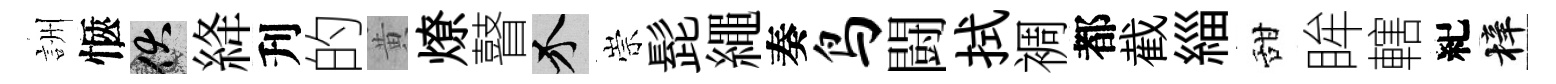
詶愜伏絳刋的黄燎瞽介崇髭繩奏鸟闘拭裯都截緇甜眸轄紀梓